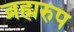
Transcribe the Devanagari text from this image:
ब्रह्मरुप